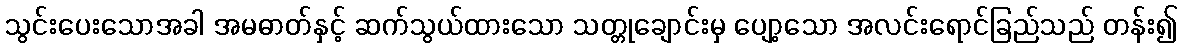
သွင်းပေးသောအခါ အမဓာတ်နှင့် ဆက်သွယ်ထားသော သတ္တုချောင်းမှ ပျော့သော အလင်းရောင်ခြည်သည် တန်း၍